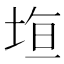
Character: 𭎤